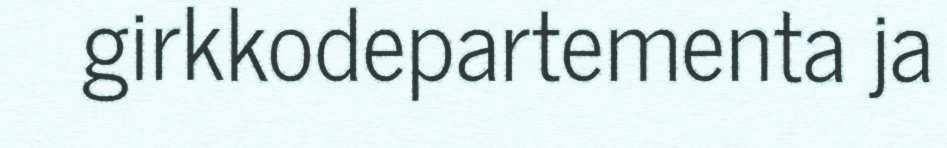
girkkodepartementa ja